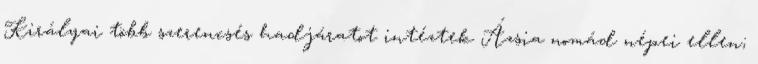
Királyai több szerencsés hadjáratot intéztek Ázsia nomád népei ellen;